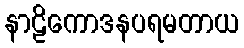
နာဠိကောဒနပရမတာယ